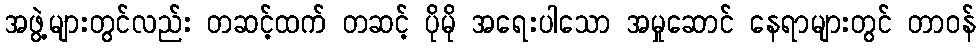
အဖွဲ့များတွင်လည်း တဆင့်ထက် တဆင့် ပိုမို အရေးပါသော အမှုဆောင် နေရာများတွင် တာဝန်